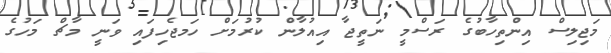
މަޖިލިސް އިންތިހާބުގެ ރަސްމީ ނަތީޖާ އިއުލާން ކުރުމަށް ހަމޖެހިފައި ވަނީ މާޗް މަހުގެ